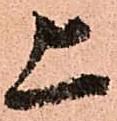
上